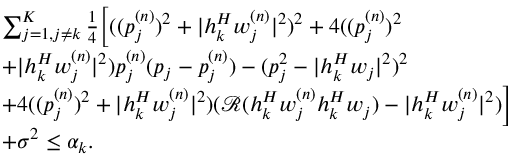
\begin{array} { r l } & { \sum _ { j = 1 , j \neq k } ^ { K } \frac 1 4 \bigg [ ( ( p _ { j } ^ { ( n ) } ) ^ { 2 } + | \boldsymbol h _ { k } ^ { H } \boldsymbol w _ { j } ^ { ( n ) } | ^ { 2 } ) ^ { 2 } + 4 ( ( p _ { j } ^ { ( n ) } ) ^ { 2 } } \\ & { + | \boldsymbol h _ { k } ^ { H } \boldsymbol w _ { j } ^ { ( n ) } | ^ { 2 } ) p _ { j } ^ { ( n ) } ( p _ { j } - p _ { j } ^ { ( n ) } ) - ( p _ { j } ^ { 2 } - | \boldsymbol h _ { k } ^ { H } \boldsymbol w _ { j } | ^ { 2 } ) ^ { 2 } } \\ & { + 4 ( ( p _ { j } ^ { ( n ) } ) ^ { 2 } + | \boldsymbol h _ { k } ^ { H } \boldsymbol w _ { j } ^ { ( n ) } | ^ { 2 } ) ( \mathcal R ( \boldsymbol h _ { k } ^ { H } \boldsymbol w _ { j } ^ { ( n ) } \boldsymbol h _ { k } ^ { H } \boldsymbol w _ { j } ) - | \boldsymbol h _ { k } ^ { H } \boldsymbol w _ { j } ^ { ( n ) } | ^ { 2 } ) \bigg ] } \\ & { + { \sigma ^ { 2 } } \leq { \alpha _ { k } } . } \end{array}